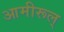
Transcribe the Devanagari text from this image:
आमीरूल्